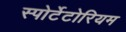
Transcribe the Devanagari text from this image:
स्पोर्टेटोरियम